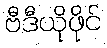
ဗီဒီယိုဖိုင်